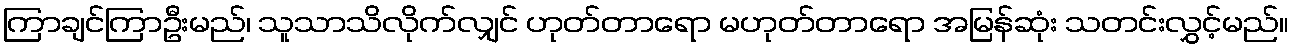
ကြာချင်ကြာဦးမည်၊ သူသာသိလိုက်လျှင် ဟုတ်တာရော မဟုတ်တာရော အမြန်ဆုံး သတင်းလွှင့်မည်။